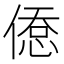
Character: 𢞋